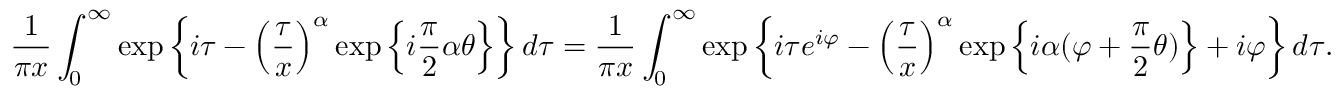
\frac { 1 } { \pi x } \int _ { 0 } ^ { \infty } \exp \left\{ i \tau - \left( \frac { \tau } { x } \right) ^ { \alpha } \exp \left\{ i \frac { \pi } { 2 } \alpha \theta \right\} \right\} d \tau = \frac { 1 } { \pi x } \int _ { 0 } ^ { \infty } \exp \left\{ i \tau e ^ { i \varphi } - \left( \frac { \tau } { x } \right) ^ { \alpha } \exp \left\{ i \alpha ( \varphi + \frac { \pi } { 2 } \theta ) \right\} + i \varphi \right\} d \tau .